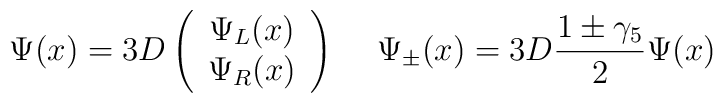
\Psi (x)=3D\left( \begin{array}{c} \Psi_L (x) \\ \Psi_R (x) \end{array}             \right) \hspace{.5cm}  \Psi_{\pm} (x)=3D\frac{1\pm \gamma_5}{2}\Psi (x)